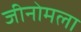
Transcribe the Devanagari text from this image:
जीनोमला